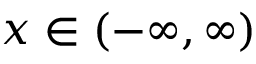
x \in ( - \infty , \infty )